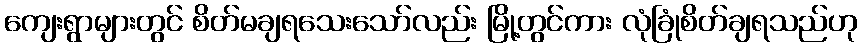
ကျေးရွာများတွင် စိတ်မချရသေးသော်လည်း မြို့တွင်ကား လုံခြုံစိတ်ချရသည်ဟု